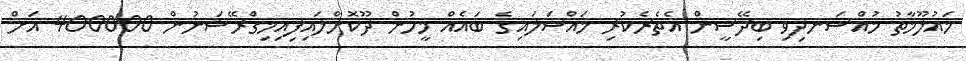
މައުލޫމާތު މުއްސަނދިވި ބިދޭސީން އެތެރެކުރި މައްސަލައިގެ ބައެއް މީހުން ދޫކޮށްލައިފިއިމިގްރޭޝަނުން 400000 އަށް